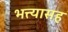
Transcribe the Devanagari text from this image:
भत्त्यासह